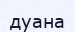
дуана